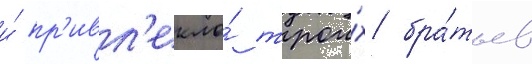
и́ пр'ивл'екло́ трои́х бра́тьев